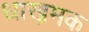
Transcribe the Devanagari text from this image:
धाख्रमक